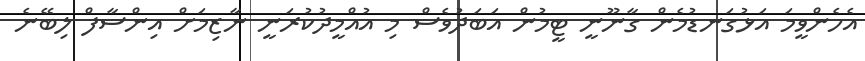
އެހެންވީމަ އަޅުގަނޑުމެން ގާނޫނީ ޓީމުން އަބަދުވެސް މި އުއްމީދުކުރަނީ ނާޒިމަށް އިންސާފް ލިބޭނެ